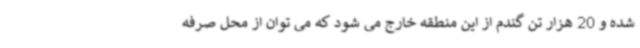
شده و 20 هزار تن گندم از این منطقه خارج می شود که می توان از محل صرفه